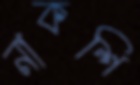
নাকশি